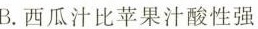
B.西瓜汁比苹果汁酸性强